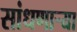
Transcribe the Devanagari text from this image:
सांधणार्‍या